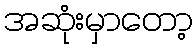
အဆုံးမှာတော့